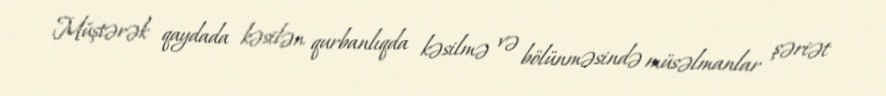
Müştərək qaydada kəsilən qurbanlıqda kəsilmə və bölünməsində müsəlmanlar şəriət